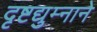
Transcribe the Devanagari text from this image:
दृष्टद्युम्नाने